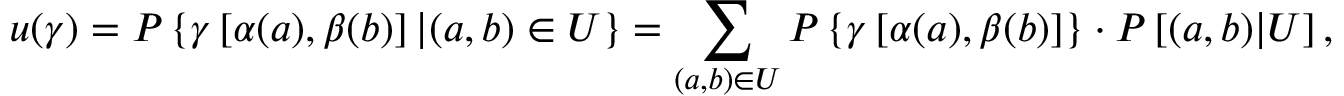
u ( \gamma ) = P \left\{ \gamma \left[ \alpha ( a ) , \beta ( b ) \right] | ( a , b ) \in U \right\} = \sum _ { ( a , b ) \in U } P \left\{ \gamma \left[ \alpha ( a ) , \beta ( b ) \right] \right\} \cdot P \left[ ( a , b ) | U \right] ,